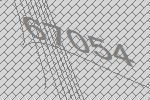
67054